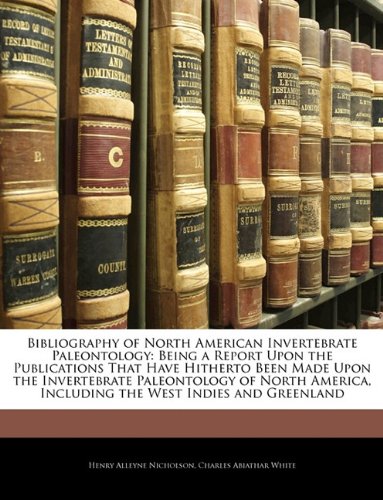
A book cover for Bibliography of North American Invertebrate Paleontology: Being a Report Upon the Publications That Have Hitherto Been Made Upon the Invertebrate ... Including the West Indies and Greenland; Henry Alleyne Nicholson; History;